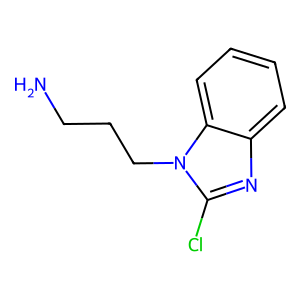
SMILES: NCCCn1c(Cl)nc2ccccc21
Inhibits HIV replication: No